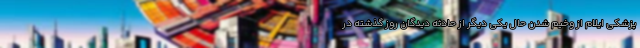
پزشکی ایلام از وخیم شدن حال یکی دیگر از حادثه دیدگان روز گذشته در